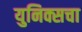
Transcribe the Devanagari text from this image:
युनिक्सचा